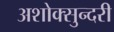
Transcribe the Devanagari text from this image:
अशोक्सुन्दरी